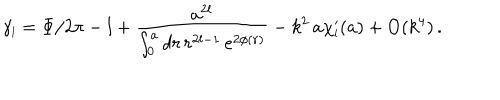
LaTeX: \gamma _ { \scriptscriptstyle { l } } = \Phi / 2 \pi - l + \frac { a ^ { 2 l } } { \int _ { 0 } ^ { a } d r \, r ^ { 2 l - 1 } \, e ^ { 2 \phi ( r ) } } - k ^ { 2 } \, a \chi _ { \scriptscriptstyle { l } } ^ { \prime } ( a ) + \mathrm { O } ( k ^ { 4 } ) \, .